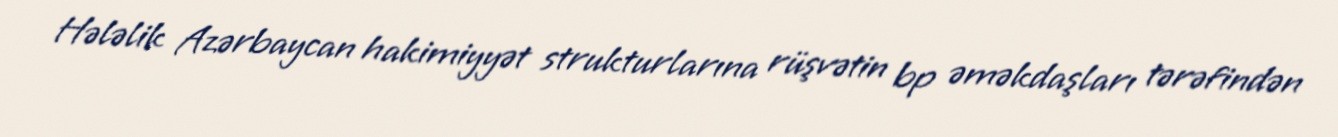
Hələlik Azərbaycan hakimiyyət strukturlarına rüşvətin bp əməkdaşları tərəfindən